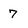
Character: 7